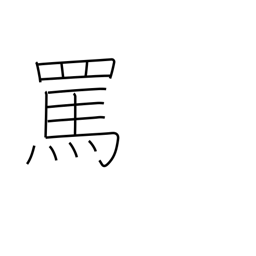
Meaning: abuse